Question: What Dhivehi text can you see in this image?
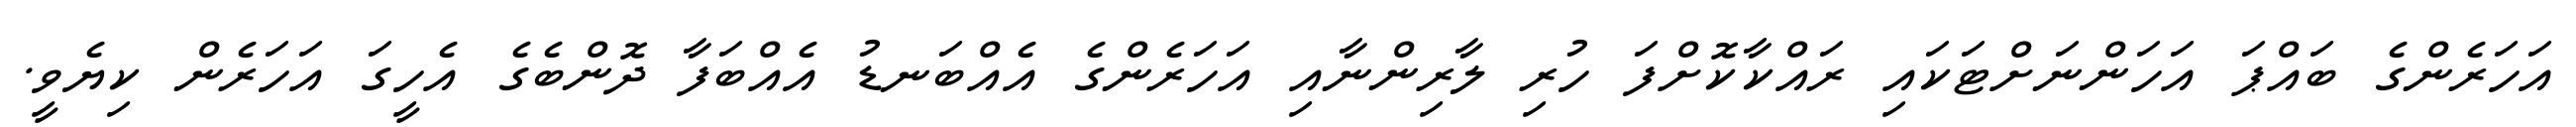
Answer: އަހަރެންގެ ބައްޕަ އަހަންނަށްޓަކައި ރައްކާކޮށްފަ ހުރި ލާރިންނާއި އަހަރެންގެ އެއްބަނޑު އެއްބަފާ ދޮންބެގެ އެހީގަ އަހަރެން ކިޔެވީ.